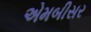
એમબીસર